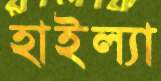
হাইল্যা